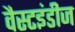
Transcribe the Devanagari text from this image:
वैस्टइंडीज